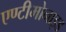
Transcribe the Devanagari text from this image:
एण्टीमोनाइड